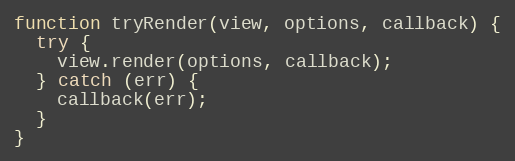
Language: JavaScript
function tryRender(view, options, callback) {
  try {
    view.render(options, callback);
  } catch (err) {
    callback(err);
  }
}